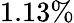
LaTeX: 1.13\%